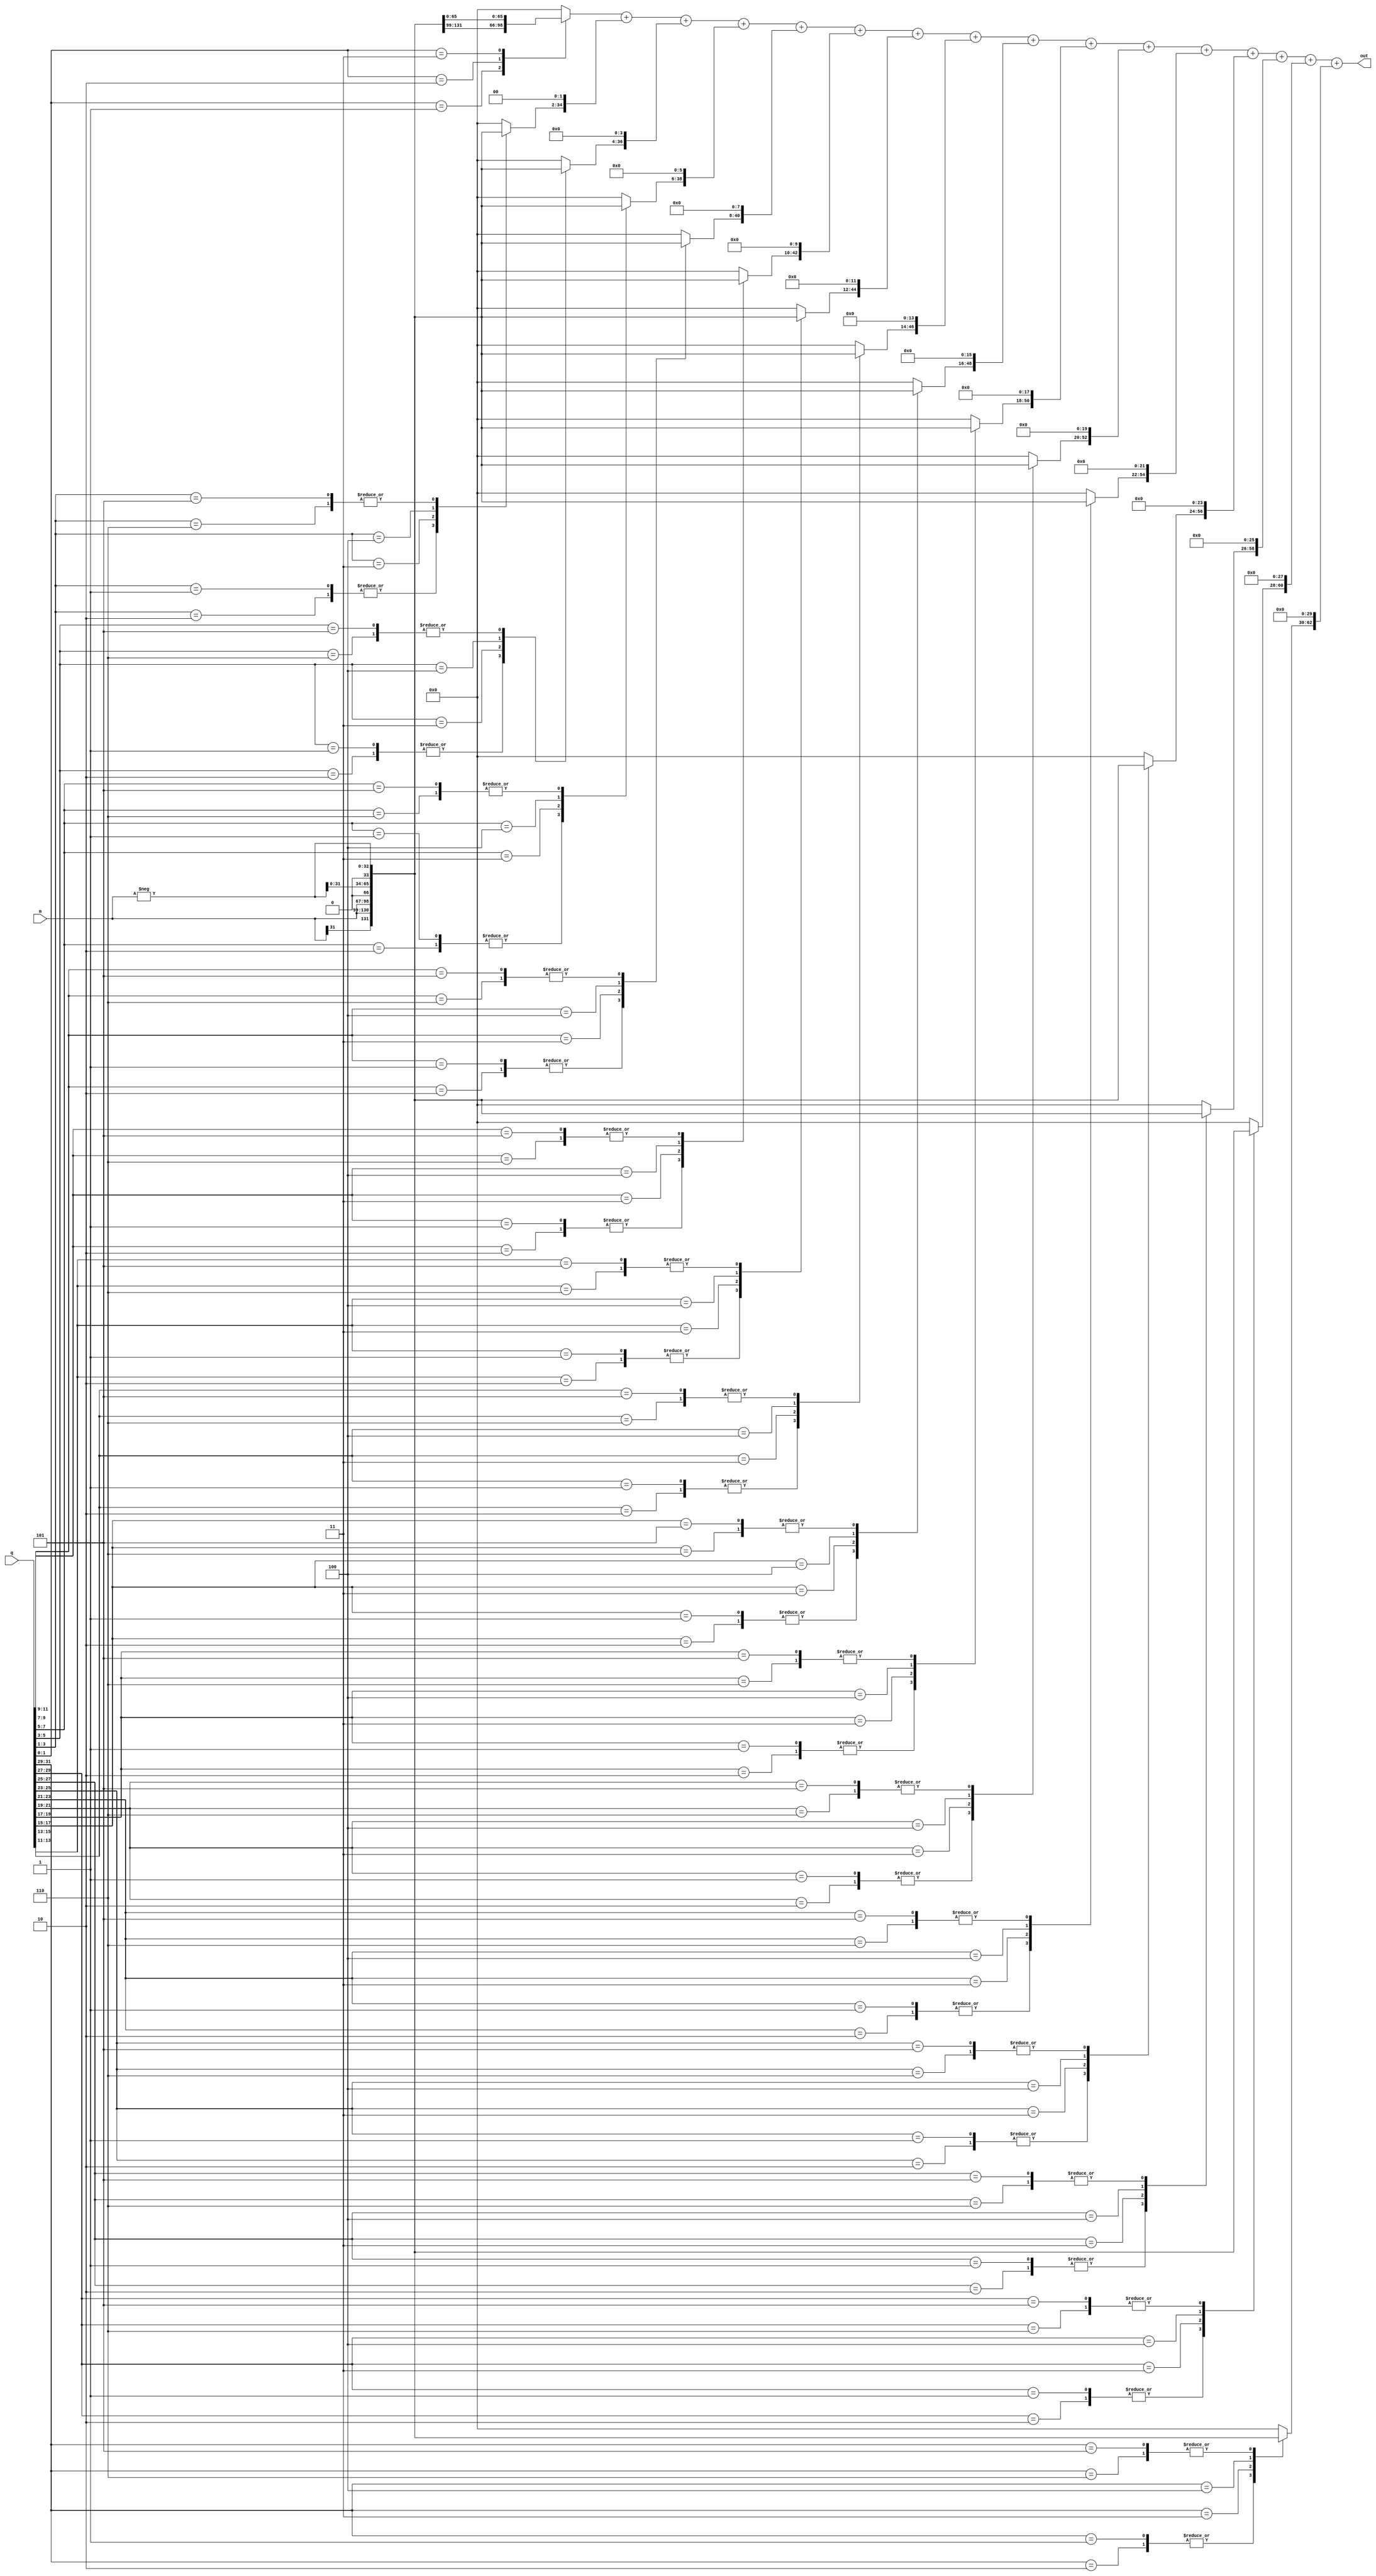
// This program was cloned from: https://github.com/conboy/elec374-cpu
// License: MIT License

module mul(input signed [31:0] m, q, output [63:0] out);

    reg [2:0] bit_pairs [15:0];
    reg signed [32:0] hold [15:0];
    reg signed [63:0] shifted_hold [15:0];
    reg signed [63:0] sum = 0;
    
    wire signed [32:0] neg_m;
    assign neg_m = -m;

    integer i, j;
    always@(m or q or neg_m) begin
        // Implement bit pair recoding
        bit_pairs[0] = {q[1], q[0], 1'b0};
        for(i = 1; i < 16; i = i + 1) begin
            bit_pairs[i] = {q[2*i+1], q[2*i], q[2*i-1]};
        end

        for(i = 0; i < 16; i = i + 1) begin
            case (bit_pairs[i])
                3'b001, 3'b010 :  hold[i] = {m[31], m};
                3'b011 : hold[i] = {m, 1'b0};
                3'b100 : hold[i] = {neg_m[31:0], 1'b0};
                3'b101, 3'b110 : hold[i] = neg_m;
                default: hold[i] = 0;

                
            endcase
            shifted_hold[i] = hold[i] << (2*i);
        end
        sum = shifted_hold[0];
        for(i = 1; i < 16; i = i + 1) begin
            sum = sum + shifted_hold[i];
        end
    end
    assign out = sum;
endmodule